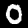
Label: 0